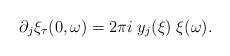
LaTeX: \begin{align*}\partial_j \xi_\tau(0,\omega)= 2 \pi i \; y_j(\xi) \; \xi(\omega). \end{align*}